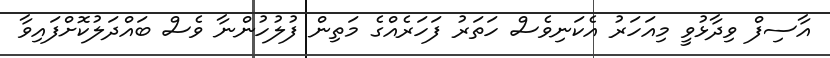
އާސިފް ވިދާޅުވީ މިއަހަރު އެކަނިވެސް ހަތަރު ފަހަރެއްގެ މަތިން ފުލުހުންނާ ވެސް ބައްދަލުކޮށްފައިވާ